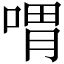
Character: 喟